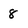
Character: 8